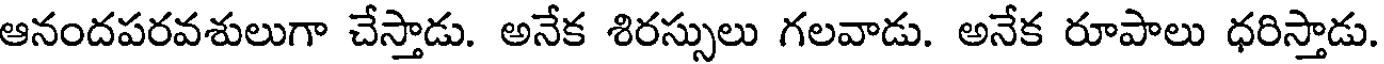
ఆనందపరవశులుగా చేస్తాడు. అనేక శిరస్సులు గలవాడు. అనేక రూపాలు ధరిస్తాడు.